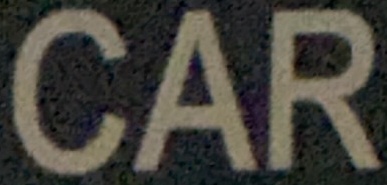
CAR